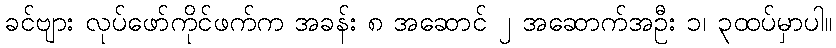
ခင်ဗျား လုပ်ဖော်ကိုင်ဖက်က အခန်း ၈ အဆောင် ၂ အဆောက်အဦး ၁၊ ၃ထပ်မှာပါ။